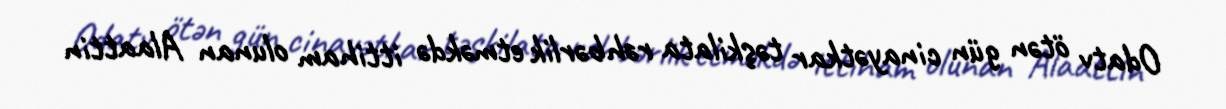
Odatv ötən gün cinayətkar təşkilata rəhbərlik etməkdə ittiham olunan Alaattin